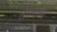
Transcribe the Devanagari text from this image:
तालाला